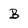
Character: B